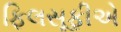
ફિલસૂફીએ